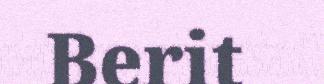
Berit